Tezpur Lunatic Asylum reports 1895-1904 - 1895-1904
Year: 1895
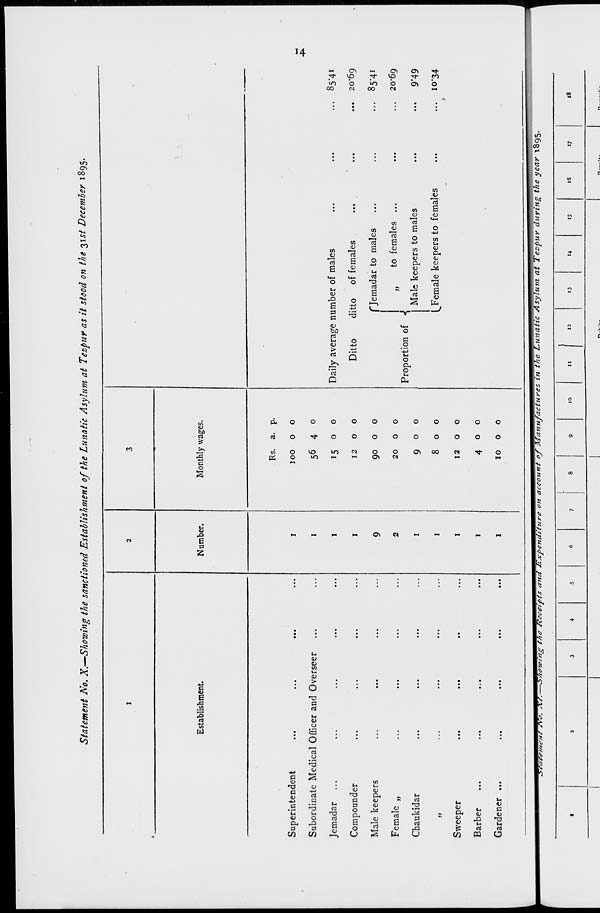
Statement No. X.—Showing the sanctioned Establishment of the Lunatic Asylum at Tespur as it stood on the 31st December 1895.
Establishment.
Superintendent
Subordinate Medical Officer and Overseer
Jemadar
Compounder
Male keepers
Female „
Chaukidar
»
Sweeper
Barber
Gardener ...
Number.
1
1
1
1
9
2
Monthly wages.
Rs. a. p.
100 00
56 4 0
15 0 o
1200
90 o o
20 o 0
900
800
12 o o
400
10 o o
Daily average number of males
Ditto
ditto of females
r Jemadar to males
Proportion of •{
»
to females ...
Male keepers to males
Female keepers to females
,. 85-41
20*69
85*41
.. 20*69
9'49
10-34
1^^f f?d^^^^^^^^^-^^?ze^^^A^^ece^?san^^^^enai?ur^ona^oun^ of A/anu/acturestnthe^^unatic Asylum at Tespur during the year 1895
10
11
13
14
is
Id
17
IS
O.._.,'.,